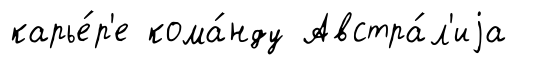
карье́р'е кома́нду Австра́л'иjа